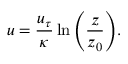
u = \frac { u _ { \tau } } { \kappa } \ln { \left( \frac { z } { z _ { 0 } } \right) } .